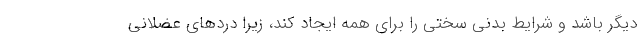
دیگر باشد و شرایط بدنی سختی را برای همه ایجاد کند، زیرا درد‌های عضلانی